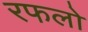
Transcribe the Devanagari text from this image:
रफलो